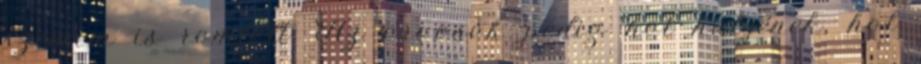
szemem is romlott. Az orvosok pedig hol hülyének, hol